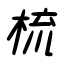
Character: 梳